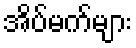
အိပ်မက်များ